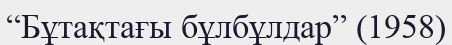
“Бұтақтағы бұлбұлдар” (1958)